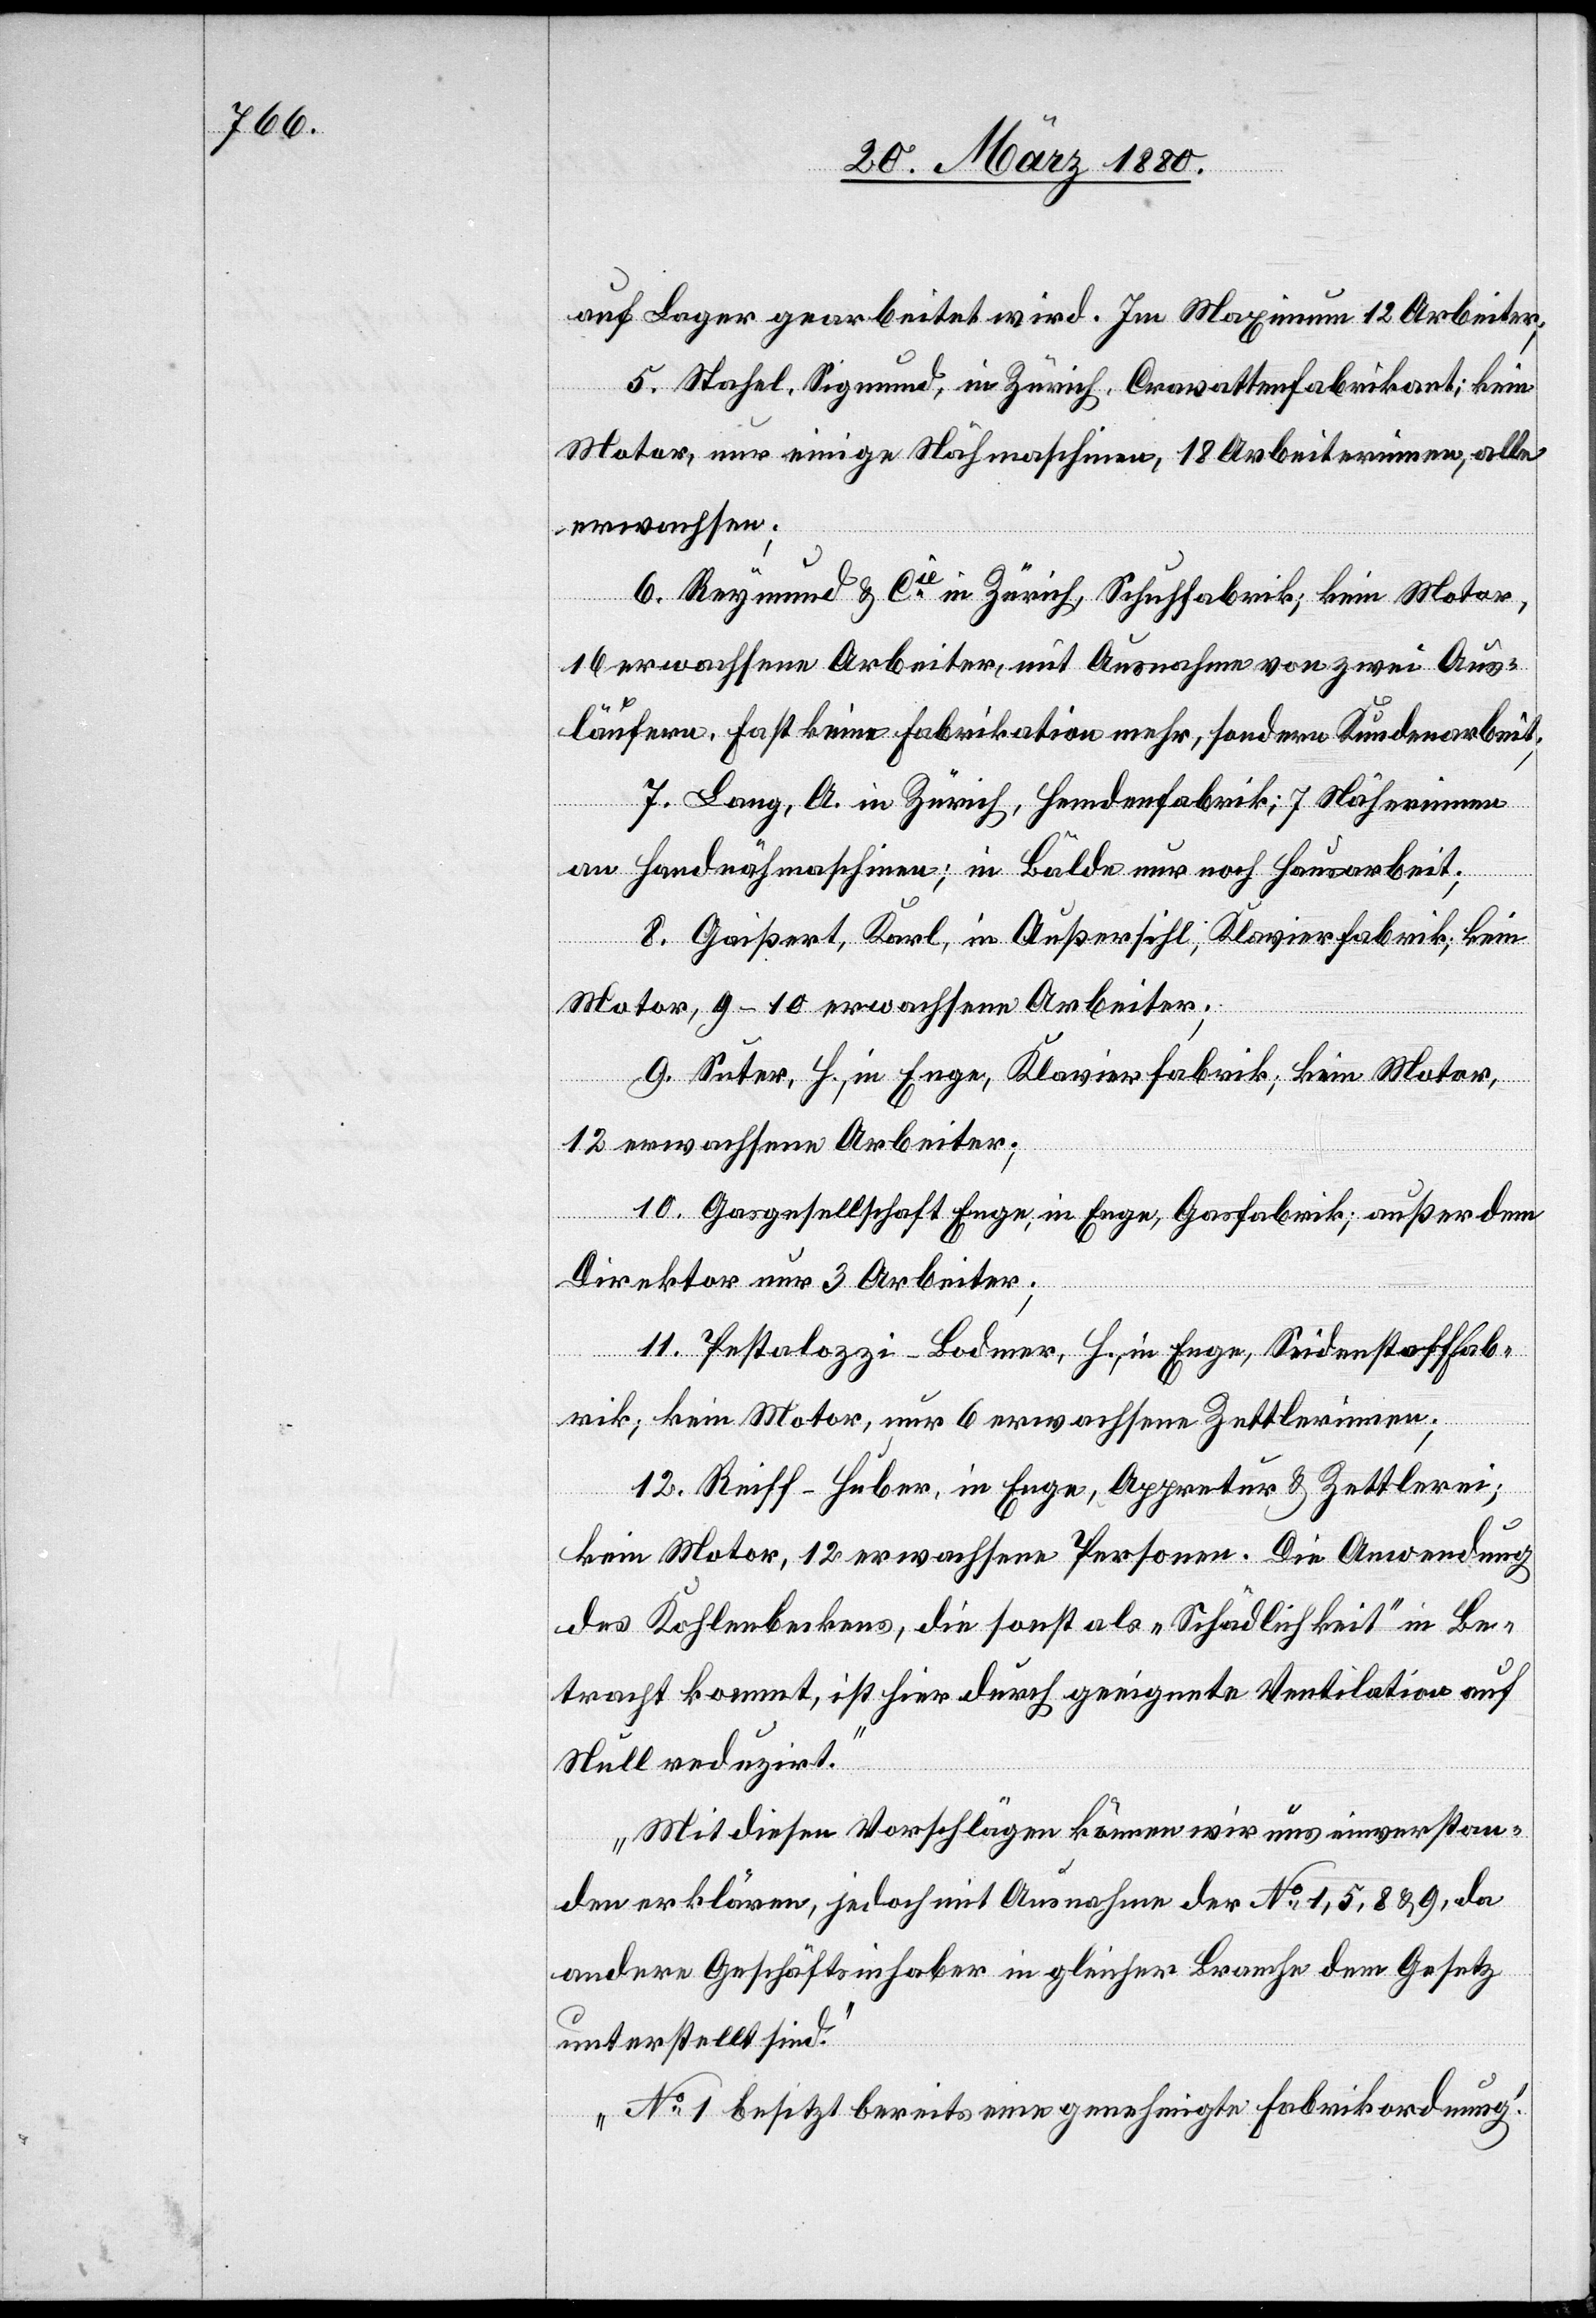
auf Lager gearbeitet wird. Im Maximum 12 Arbeiter;
5. Stahel, Sigmund, in Zürich, Crawattenfabrikant; kein
Motor, nur einige Nähmaschinen, 18 Arbeiterinnen, alle
erwachsen;
6. Reymund & Cie in Zürich, Schuhfabrik; kein Motor,
16 erwachsene Arbeiter, mit Ausnahme von zwei Aus¬
läufern, fast keine Fabrikation mehr, sondern Kundenarbeit;
7. Lang, A. in Zürich, Hemdenfabrik; 7 Näherinnen
an Handnähmaschinen; in Bälde nur noch Hausarbeit;
8. Gaißert, Karl, in Außersihl; Klavierfabrik; kein
Motor, 9–10 erwachsene Arbeiter;
9. Suter, H., in Enge, Klavierfabrik; kein Motor,
12 erwachsene Arbeiter;
10. Gasgesellschaft Enge, in Enge, Gasfabrik; außer dem
Direktor nur 3 Arbeiter;
11. Pestalozzi-Bodmer, H., in Enge, Seidenstofffab¬
rik; kein Motor, nur 6 erwachsene Zettlerinnen;
12. Reiff-Huber, in Enge, Appretur & Zettlerei;
kein Motor, 12 erwachsene Personen. Die Anwendung
des Kohlenbeckens, die sonst als „Schädlichkeit“ in Be¬
tracht kommt, ist hier durch geeignete Ventilation auf
Null reduzirt.
Mit diesen Vorschlägen können wir uns einverstan¬
den erklären, jedoch mit Ausnahme der No 1, 5, 8 & 9, da
andere Geschäftsinhaber in gleicher Branche dem Gesetz
unterstellt sind.
No 1 besitzt bereits eine genehmigte Fabrikordnung.